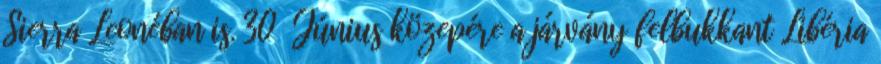
Sierra Leonéban is. 30 Június közepére a járvány felbukkant Libéria